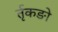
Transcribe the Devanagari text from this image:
र्तृकङो